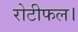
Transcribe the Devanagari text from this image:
रोटीफल।